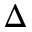
\Delta